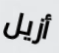
أزيل